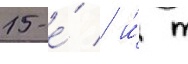
15-е́ / и́ т